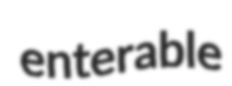
enterable